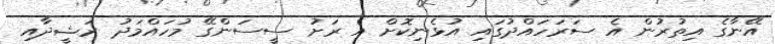
އޭނާގެ އިތުރުން އެ ސަރަހައްދުގައި އުޅެނިކޮށް އެ ރަށު ސީސަންގޭ މުހައްމަދު ރަޝީދާއި